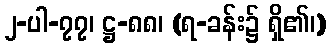
၂-ပါ-၇၇၊ ဋ္ဌ-၈၈၊ (ရ-ခန်း၌ ရှိ၏၊)